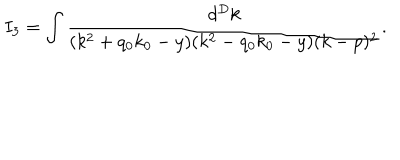
I _ { 3 } = \int \frac { d ^ { D } k } { ( k ^ { 2 } + q _ { 0 } k _ { 0 } - y ) ( k ^ { 2 } - q _ { 0 } k _ { 0 } - y ) ( k - p ) ^ { 2 } } .